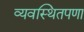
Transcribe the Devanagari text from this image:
व्यवस्थितपणा